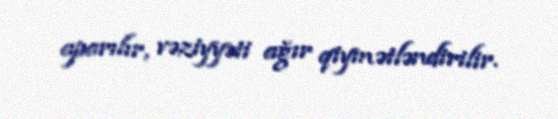
aparılır, vəziyyəti ağır qiymətləndirilir.